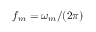
f _ { m } = \omega _ { m } / ( 2 \pi )